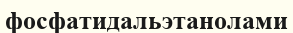
фосфатидальэтанолами